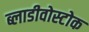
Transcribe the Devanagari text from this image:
ब्लाडीवोस्टोक